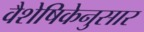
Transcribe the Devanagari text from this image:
वैशेषिकेनुसार